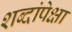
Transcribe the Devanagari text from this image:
शब्दांपेक्षा